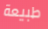
طبيعة